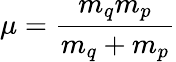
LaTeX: \mu={\frac{m_{q}m_{p}}{m_{q}+m_{p}}}